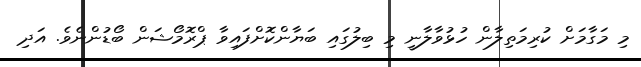
މި މަގާމަށް ކުރިމަތިލާން ހުޅުވާލާނީ މި ބިލުގައި ބަޔާންކޮށްފައިވާ ޕްރޮމޯޝަން ބޯޑުންނެވެ. އަދި